Document type: Anniversary endowment
Year: 1486
Scribe: Bartomeu Masons
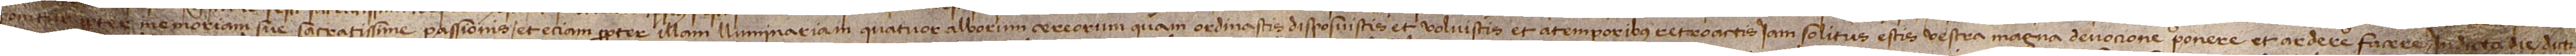
ponitur propter memoriam sue sacratissime Passionis; et etiam propter illam lluminaria quatuor alborum cereorum quam ordinastis, disposuistus et voluistis et a temporibus retroactis iam solitus estis vestra magna devocione ponere et ardere facere in dicta die dicti